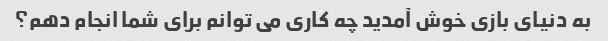
به دنیای بازی خوش آمدید چه کاری می توانم برای شما انجام دهم؟